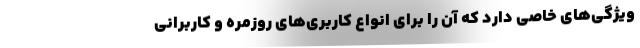
ویژگی‌های خاصی دارد که آن را برای انواع کاربری‌های روزمره و کاربرانی